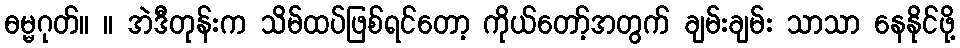
ဓမ္မဂုတ်။ ။ အဲဒီတုန်းက သိမ်ထပ်ဖြစ်ရင်တော့ ကိုယ်တော့်အတွက် ချမ်းချမ်း သာသာ နေနိုင်ဖို့